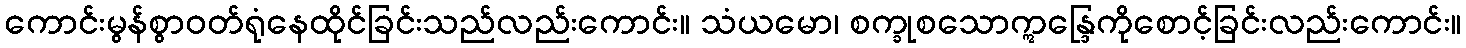
ကောင်းမွန်စွာဝတ်ရုံနေထိုင်ခြင်းသည်လည်းကောင်း။ သံယမော၊ စက္ခုစသောဣန္ဒြေကိုစောင့်ခြင်းလည်းကောင်း။